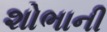
શોભાની